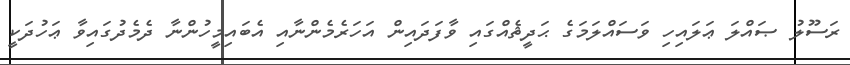
ރަސޫލު ޞައްލަ ޢަލައިހި ވަސައްލަމަގެ ޙަދީޘެއްގައި ވާފަދައިން އަހަރެމެންނާއި އެބައިމީހުންނާ ދެމެދުގައިވާ ޢަހުދަކީ